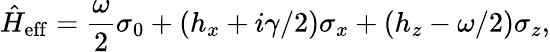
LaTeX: {\hat{H}}_{\mathrm{eff}}=\frac{\omega}{2}\sigma_{0}+(h_{x}+i\gamma/2)\sigma_{x}+(h_{z}-\omega/2)\sigma_{z},